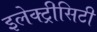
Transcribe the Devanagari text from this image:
इलेक्ट्रीसिटी